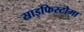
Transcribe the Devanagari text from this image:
साइफिस्टोमा